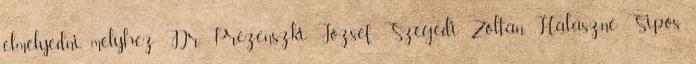
elmélyedni, melyhez Dr. Prezenszki József, Szegedi Zoltán, Halászné Sipos